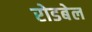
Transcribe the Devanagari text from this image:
रोडबेल